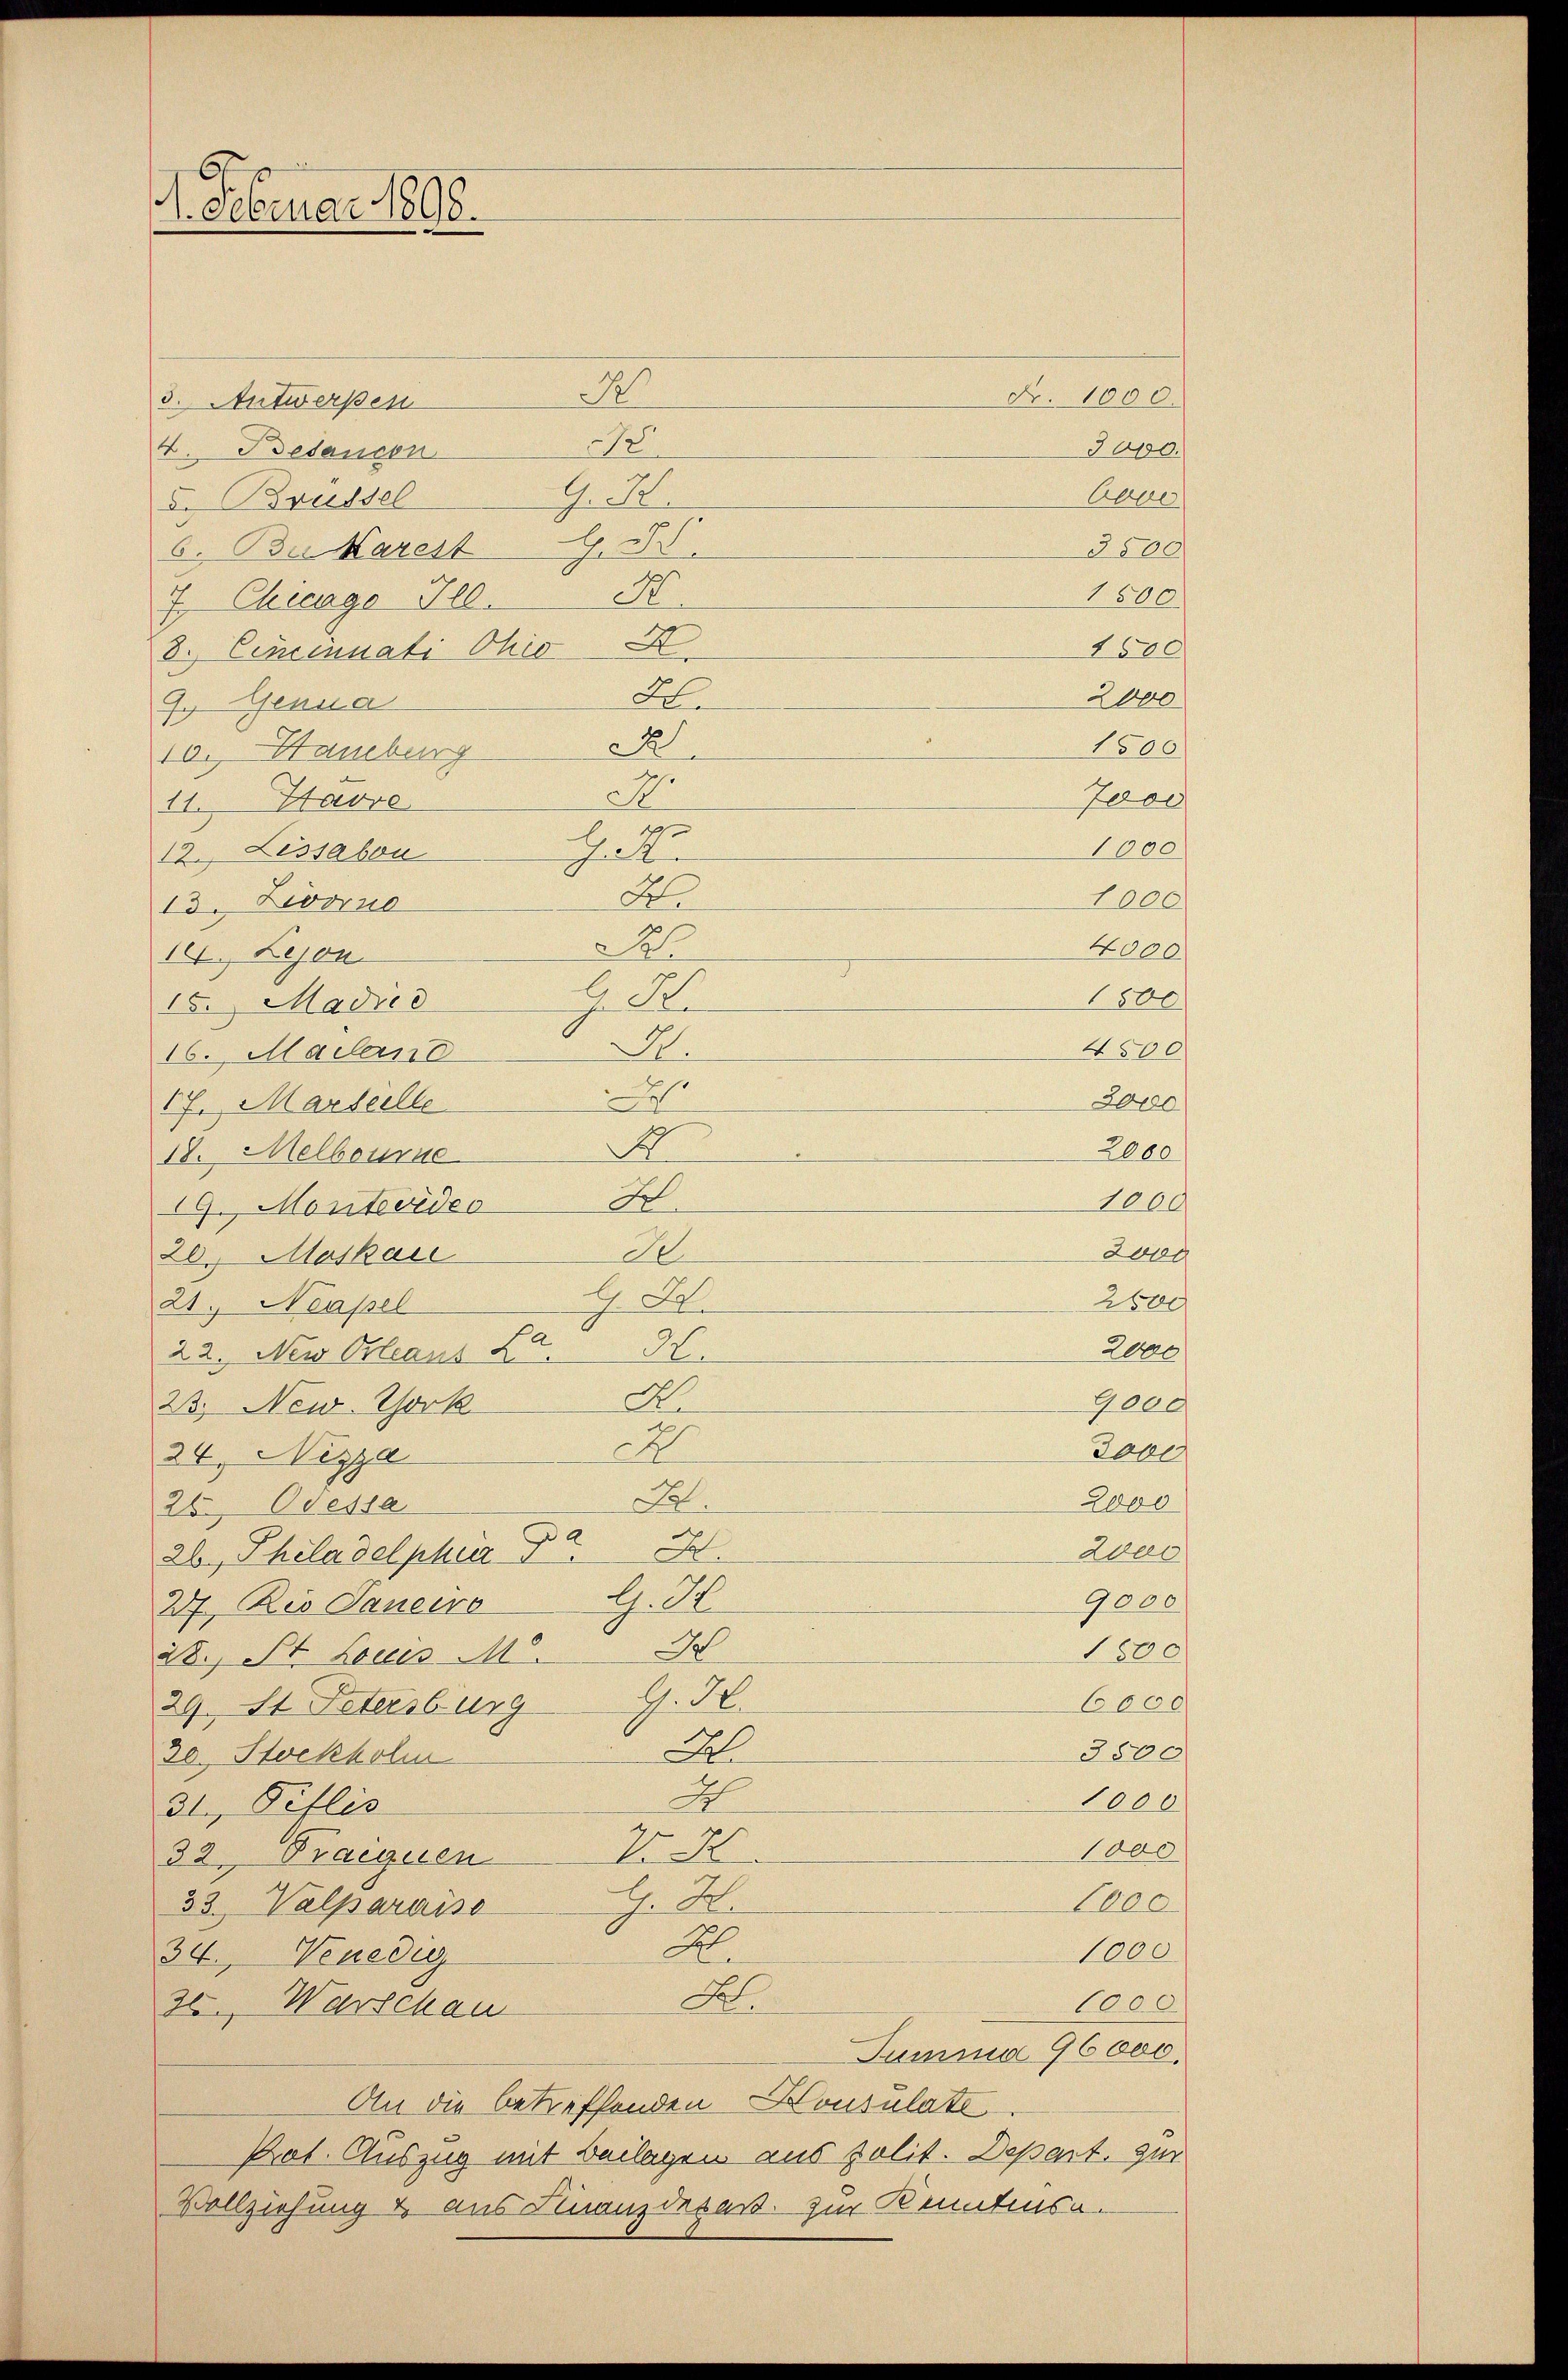
. Februar 1895.

2
Nr. 1000.
3. Antwerpen
D
4. Bedensen
G. R
v. Brüssel
6. Bu Karest G. B.
N.
7. Chicago Ill.
8. Eincennati Ohio
A
7. Genua
A
10. Hamburg
.
11. Havre
hake
12. Lissabou
A
1000
13. Livorne
2
4000
14 Lejon
1800
H. St.
15. Madice
4500
M.
16. Mailand
.
3000
17. Marseelle
1
2000
18. Melbourne
F
1009
19. Montevideo
Long
e
20. Moskau
G. S.
2500
21. Neapel
2000
22. New Orleaus La
A
9,000
23. New York
E
Tape
24, Nizza
A
2000
26. Odessa
26, Philadelphier P
Zers
G. Al
9000
27, Rio Saneiro
1500
it., St. Louis M
29. St. Petersburg G. H.
6000
3500
Al
30. Stockholm
A
1000
31., Deflis
1000
V. H
32. Praequen
H. A.
1000
33. Valparaiss
A.
1000.
34. Venedig
A
1000
36. Warschau
Summa 96000.
An die betreffenden Housulate
Pot. Auszug mit Beilagen aus polit. Depart. zur
Vollziehung & aus Finanzdepaß. zur Kenntensa

Japo.
Abge
3500
1500
1580
2000
1500
Juri
1000